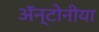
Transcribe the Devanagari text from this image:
ॲन्टोनीया